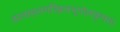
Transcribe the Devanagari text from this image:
हालाहलमखिलभूगोलकृपया